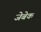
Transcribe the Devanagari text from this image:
जेबेक